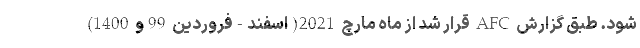
شود. طبق گزارش AFC قرار شد از ماه مارچ 2021(اسفند-فروردین 99و 1400)